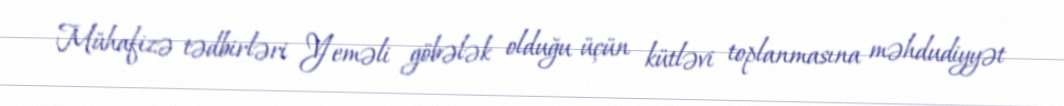
Mühafizə tədbirləri Yeməli göbələk olduğu üçün kütləvi toplanmasına məhdudiyyət